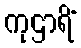
ကုဌာရိံ